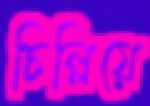
চিল্লিয়ে